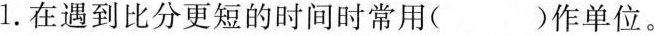
1.在遇到比分更短的时间时常用( )作单位。